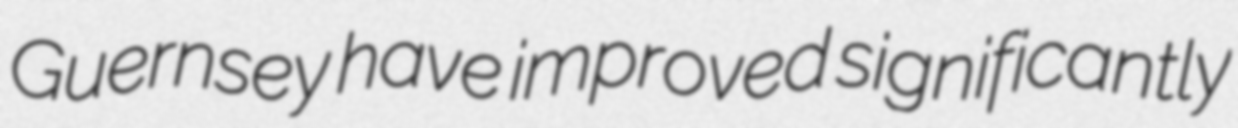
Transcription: Guernsey have improved significantly